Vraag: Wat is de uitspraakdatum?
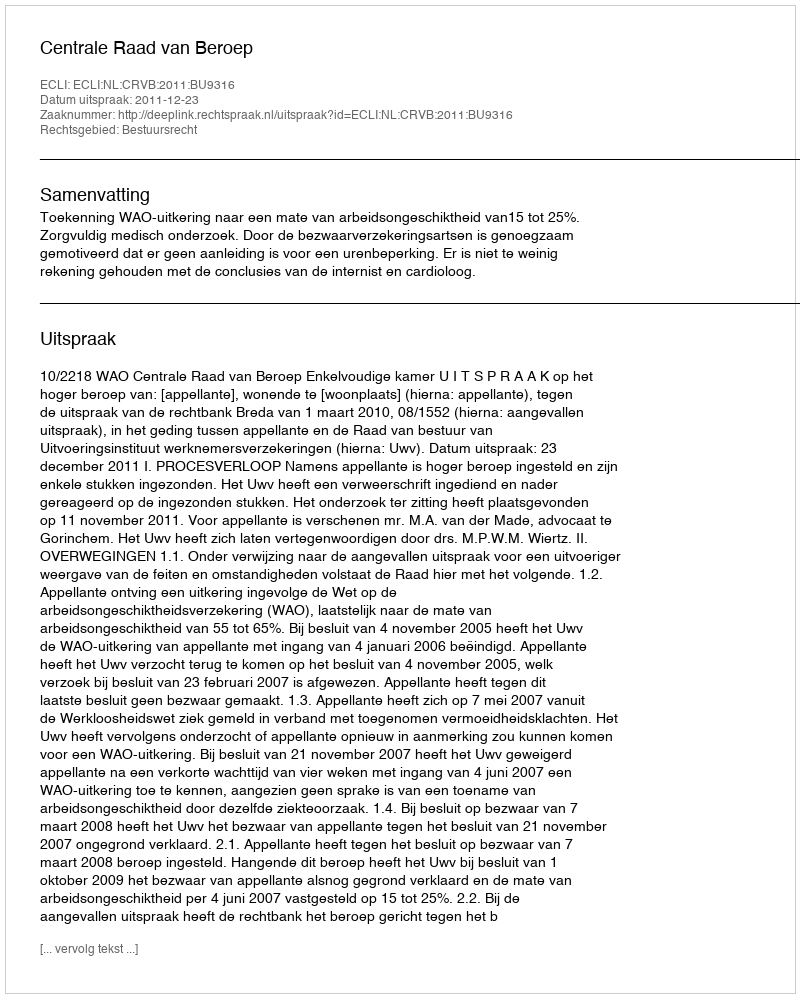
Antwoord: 2011-12-23